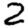
Digit: 2